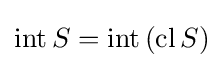
\operatorname {int} S=\operatorname {int} \left(\operatorname {cl} S\right)